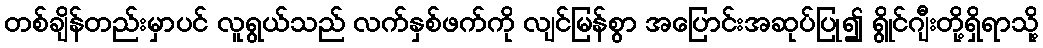
တစ်ချိန်တည်းမှာပင် လူရွယ်သည် လက်နှစ်ဖက်ကို လျင်မြန်စွာ အပြောင်းအဆုပ်ပြု၍ ရွိုင်ဂျီးတို့ရှိရာသို့